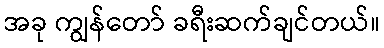
အခု ကျွန်တော် ခရီးဆက်ချင်တယ်။